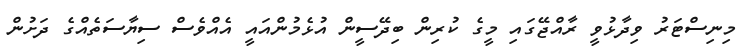
މިނިސްޓަރު ވިދާޅުވީ ރާއްޖޭގައި މީގެ ކުރިން ބިދޭސީން އުޅެމުންއައީ އެއްވެސް ސިޔާސަތެއްގެ ދަށުން